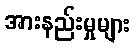
အားနည်းမှုများ